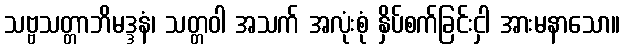
သဗ္ဗသတ္တာဘိမဒ္ဒနံ၊ သတ္တဝါ အသက် အလုံးစုံ နှိပ်စက်ခြင်းငှါ အားမနာသော။